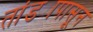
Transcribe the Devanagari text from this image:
तांड्यापासून